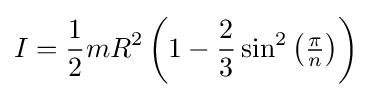
I={\frac {1}{2}}mR^{2}\left(1-{\frac {2}{3}}\sin ^{2}\left({\tfrac {\pi }{n}}\right)\right)